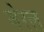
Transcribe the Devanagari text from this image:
जेरल